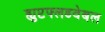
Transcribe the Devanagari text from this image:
ह्युप्टफ्लडवेबल